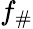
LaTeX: f_{\# }